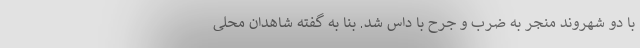
با دو شهروند منجر به ضرب و جرح با داس شد. بنا به گفته شاهدان محلی